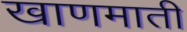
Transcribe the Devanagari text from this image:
खाणमाती